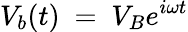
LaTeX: V_{b}(t)~=~V_{B}e^{i\omega t}